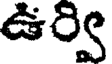
ఉర్వి